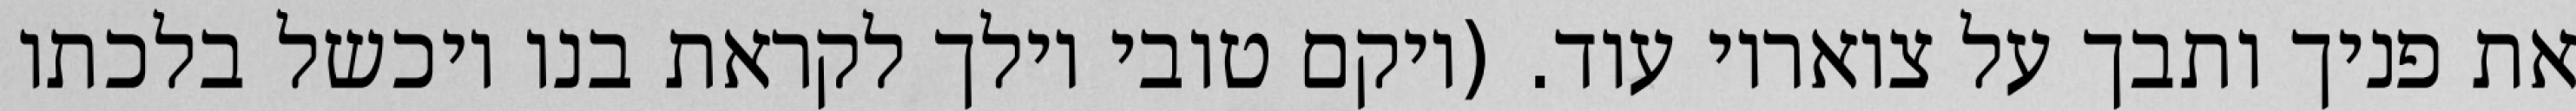
את פניך ותבך על צואריו עוד. (ויקם טובי וילך לקראת בנו ויכשל בלכתו